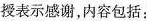
授表示感谢，内容包括：